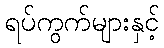
ရပ်ကွက်များနှင့်